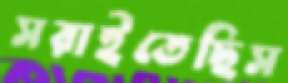
সরাইতেছিস